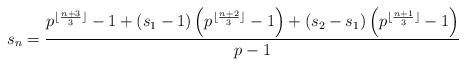
LaTeX: \begin{align*} s_n = \frac{ p^{\lfloor \frac{n+3}{3} \rfloor} - 1 + \left(s_1 - 1\right)\left(p^{\lfloor \frac{n+2}{3} \rfloor} - 1\right) + \left(s_2 - s_1\right)\left(p^{\lfloor \frac{n+1}{3} \rfloor} - 1\right) }{p-1}\end{align*}